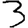
Digit: 3